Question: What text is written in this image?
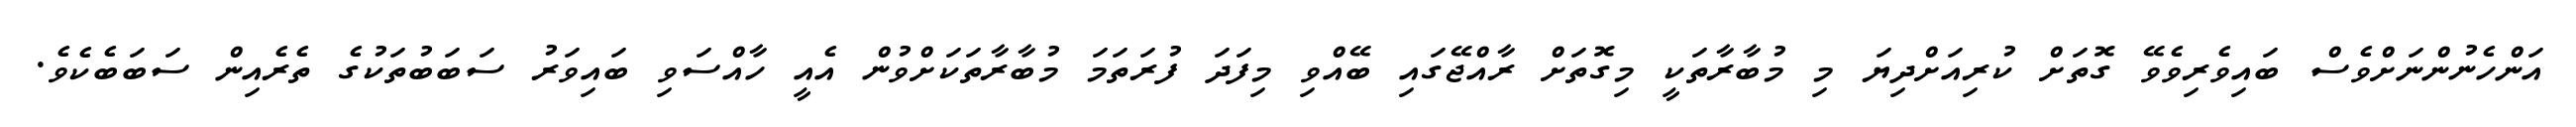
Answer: އަންހެނުންނަށްވެސް ބައިވެރިވެވޭ ގޮތަށް ކުރިއަށްދިޔަ މި މުބާރާތަކީ މިގޮތަށް ރާއްޖޭގައި ބޭއްވި މިފަދަ ފުރަތަމަ މުބާރާތަކަށްވުން އެއީ ހާއްސަވި ބައިވަރު ސަބަބުތަކުގެ ތެރެއިން ސަބަބެކެވެ.